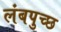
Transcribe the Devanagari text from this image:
लंबपुच्छ